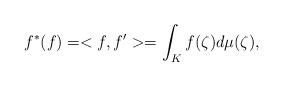
LaTeX: \begin{align*}f^{*}(f)=<f,f'>=\int_{K}{f(\zeta)}d\mu(\zeta), \end{align*}